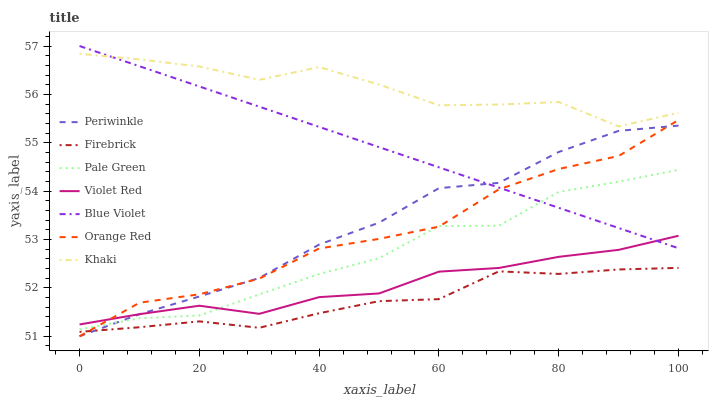
| xaxis_label | Periwinkle | Firebrick | Pale Green | Violet Red | Blue Violet | Orange Red | Khaki |
 | --- | --- | --- | --- | --- | --- | --- | --- |
 | 0 | 51 | 51.1 | 51.1 | 51.2 | 57 | 51 | 56.8 |
 | 10 | 51.5 | 51.2 | 51.4 | 51.5 | 56.6 | 51.7 | 56.7 |
 | 20 | 51.8 | 51.3 | 51.4 | 51.6 | 56.2 | 51.9 | 56.6 |
 | 30 | 52.2 | 51.2 | 51.9 | 51.5 | 55.7 | 52.2 | 56.3 |
 | 40 | 52.9 | 51.5 | 52.3 | 51.8 | 55.3 | 52.8 | 56.6 |
 | 50 | 53.3 | 51.7 | 52.6 | 51.9 | 54.9 | 53 | 56.2 |
 | 60 | 54.1 | 51.8 | 53.3 | 52.3 | 54.5 | 53.3 | 55.8 |
 | 70 | 54.2 | 52.3 | 53.3 | 52.4 | 54.1 | 54 | 55.8 |
 | 80 | 54.8 | 52.3 | 54 | 52.6 | 53.7 | 54.5 | 55.8 |
 | 90 | 55.2 | 52.4 | 54.2 | 52.8 | 53.2 | 54.7 | 55.3 |
 | 100 | 55.4 | 52.4 | 54.4 | 53.1 | 52.8 | 55.5 | 55.6 |